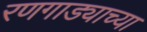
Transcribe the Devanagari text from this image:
रणगाड्याच्या